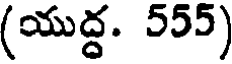
(యుద్ధ. 555)